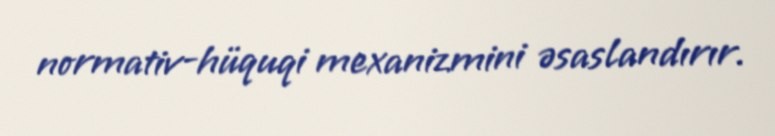
normativ-hüquqi mexanizmini əsaslandırır.